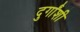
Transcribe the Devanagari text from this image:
दुर्गांशी